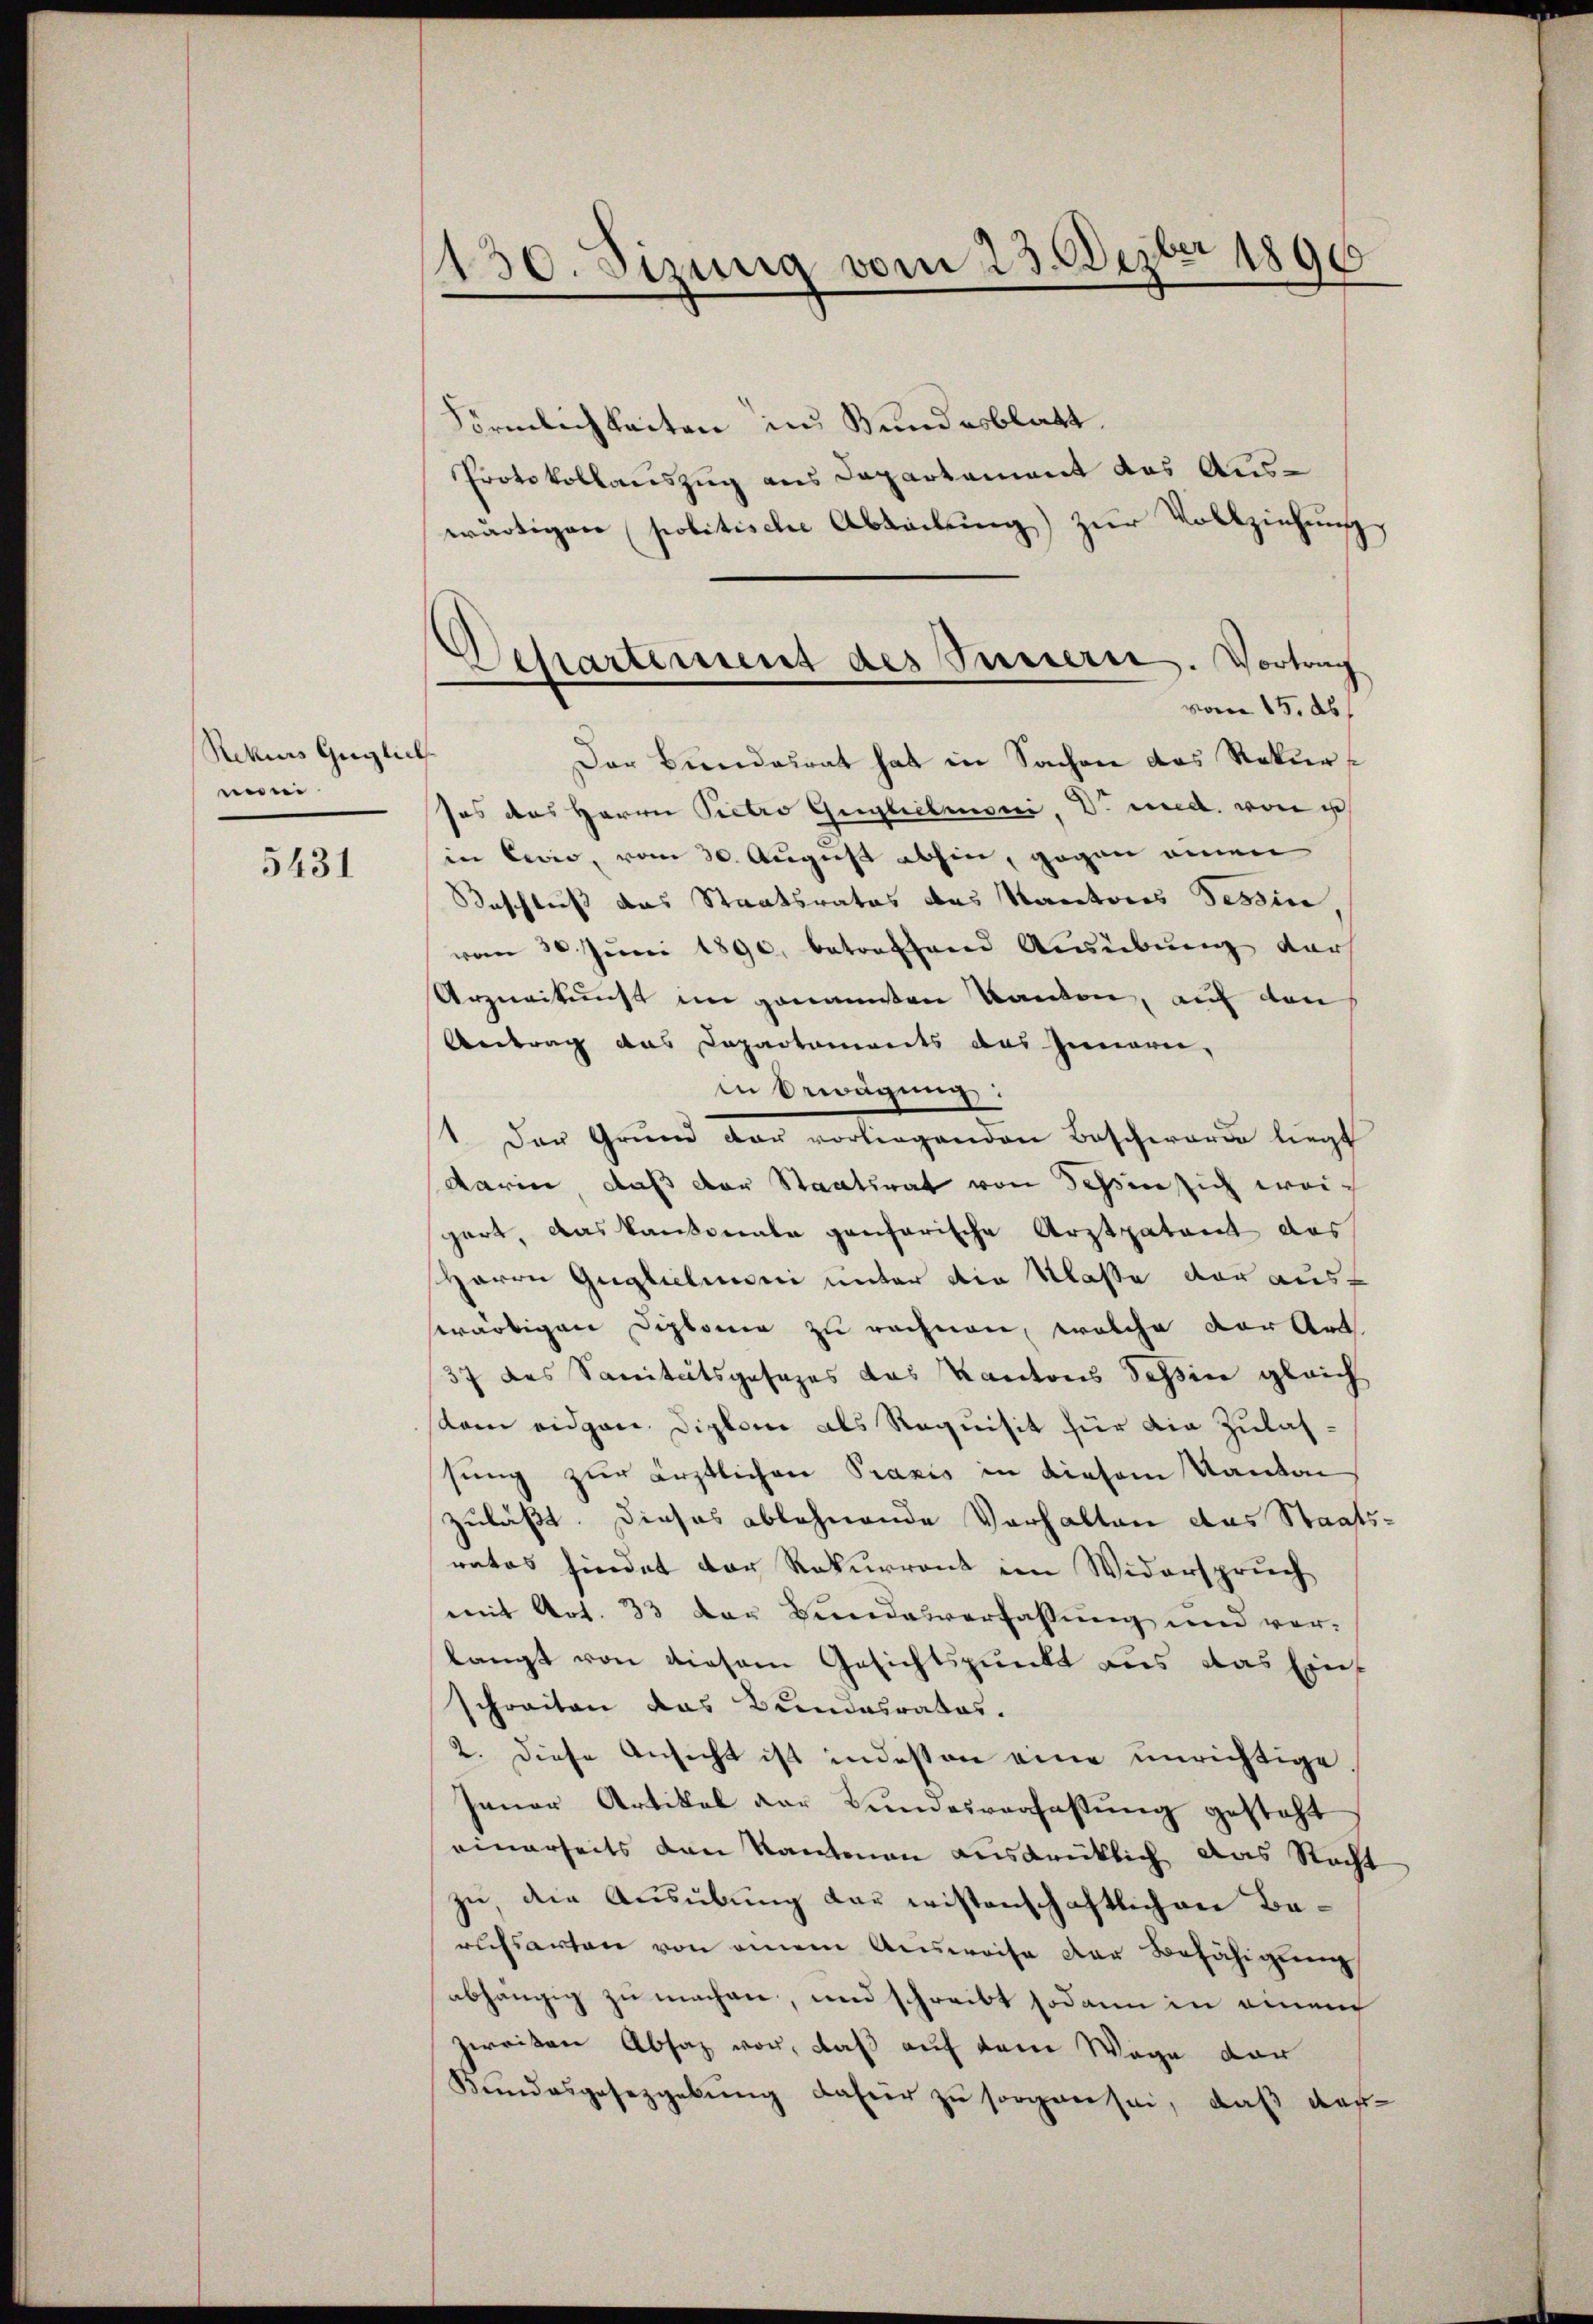
Rekurs Guglich
nini

5431

130. Sizung vom 23. Dezbr 1890

Departement des Puriere. Vortrag

Förmlichkeiten in Bundesblatt.
Protokollauszug aus Departement das Auswärtigen politische Abteilung) zur Vollziehung,
vom 15. ds.
Der Bundesrat hat in Sachen das Rekursos das Herrn Pietro Gughimoni D. und von
in Civio, vom 20. August abhin, gegen einen
Beschließ das Staatsrates das Kantores Tessin
vom 30 Juni 1890. betroffend Ausübung der
Urzneikunst im genannten Kanton, auf den
Antrag das Capartements das Innern,
in Erwägung:
1. Der Grund der vorliegenden Beschwerde liegt
darin, daß der Staatsrat von dessen sich weigart, das kantonale ganzerische Arztpatent das
Herrn Guglichinei unter die Klasse der ausswärtigen Diplome zu rechnen, welche der Art.
37 des Sanitätsgesezes das Kantons Schin gleich
skam eidgen. Diplome als Requisit für die Zulassung zur ärztlichen Praxis in diesem Kanton
zuläßt. Dieses ablehnende Verhalten das Staatsrates hindet der Rekurront im Widerspruch
mit Art. 33 der Bundesverfassung und verlangt von diesem Gesichtspunkt aus das Einschreiten das Bundesrates.
2. Diese Ansicht ist indessen eine unrichtige
Janer Artikel der Bundesverfassung gesteht
einerseits den Kantonen ausdrüklich das Recht
zu, die Ausübung der wissenschaftlichen Baruhsarten von einem Ausweise der Befähigung
abhängig zu machen, und schreibt sodann in einem
zweiten Absaz vor, daß auf dem Wege der
Kundesgesetzgebung dafür zu sorgen sei, daß das¬